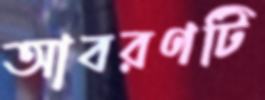
আবরণটি